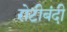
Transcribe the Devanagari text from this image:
रोटीबंदी